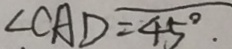
\angle C A D = 4 5 ^ { \circ } \cdot